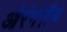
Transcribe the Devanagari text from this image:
औरंगज़ैब